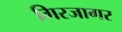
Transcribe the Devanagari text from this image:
गिरजागर